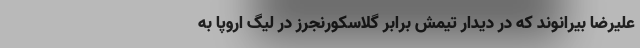
علیرضا بیرانوند که در دیدار تیمش برابر گلاسکورنجرز در لیگ اروپا به